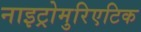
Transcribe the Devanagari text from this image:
नाइट्रोमुरिएटिक